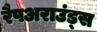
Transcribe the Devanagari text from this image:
रैपअराउंड्स